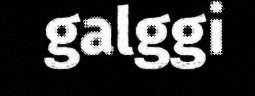
galggi